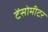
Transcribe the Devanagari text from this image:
टेंसोमीटर